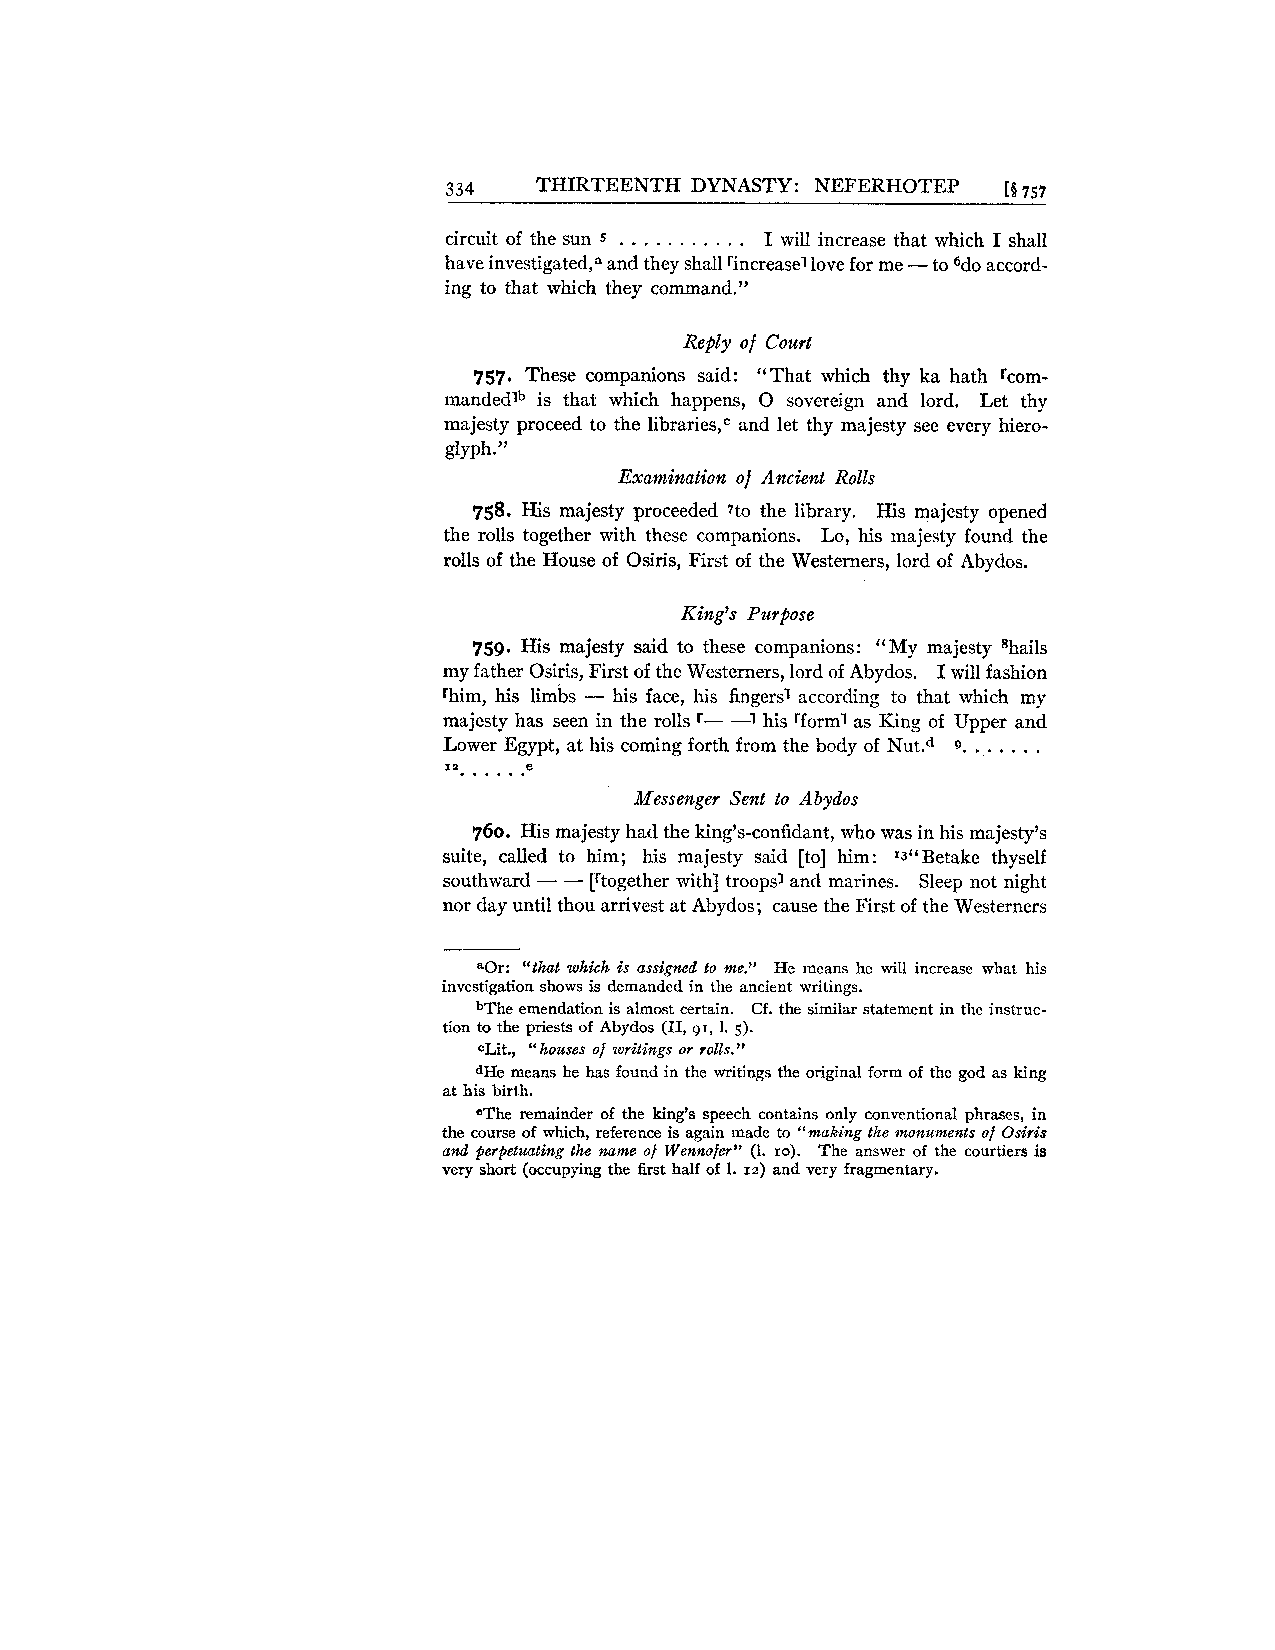
334   THIRTEENTH DYNASTY: NEFERHOTEP [g 757
 circuit of the sun 5 . . . . . . . . . . . I will increase that which I shall
 -
 have inve~tigateda,~nd they shall rincreasel love for me to 6do accord-
 ing to that which they command."
 Reply of Court
 757. These companions said: "That which thy ka hath rcom-
 mandedlb is that which happens, 0 sovereign and lord. Let thy
 majesty proceed to the librarie~a,~nd let thy majesty see every hiero-
 glyph."
 Examination of Ancient Rolls
 758. His majesty proceeded 7to the library. His majesty opened
 the rolls together with these companions. Lo, his majesty found the
 rolls of the House of Osiris, First of the Westerners, lord of Abydos.
 King's Purpose
 759. His majesty said to these companions: "My majesty ahails
 my father Osiris, First of the Westerners, lord of Abydos. I will fashion
 [him, his limbs - his face, his fingers1 according to that which my
 majesty has seen in the rolls r- -1 his 'form1 as King of Upper and
 . . . . . .
 Lower Egypt, at his coming forth from the body of Nut.d 9.
 ==. .. . .
 .e
 Messenger Sent to Abydos
 760. His majesty had the king's-confidant, who was in his majesty's
 suite, called to him; his majesty said [to] him: I3"Betake thyself
 southward - - [rtogether with] troops' and marines. Sleep not night
 nor day until thou arrivest at Abydos; cause the First of the Westerners
 aOr: "that which is assigned to me." He means he will increase what his
 investigation shows is demanded in the ancient writings.
 bThe emendation is almost certain. Cf. the similar statement in the instruc-
 tion to the priests of Abydos (11, 91, 1. 5).
 CLit., "houses of writings or rolls."
 dHe means he has found in the writings the original form of the god as king
 at his birth.
 =The remainder of the king's speech contains only conventional phrases, in
 the course of which, reference is again made to "making the monuments of Osiris
 and perpetuating the name of Wennofer" (1. 10). The answer of the courtiers is
 very short (occupying the first half of 1. 12) and very fragmentary.